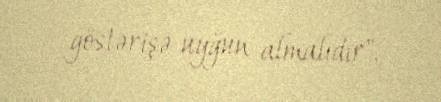
göstərişə uyğun almalıdır".